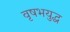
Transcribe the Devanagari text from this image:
वृषभयुद्ध